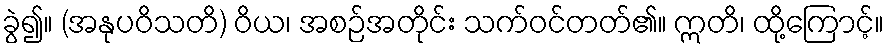
ခွဲ၍။ (အနုပဝိသတိ) ဝိယ၊ အစဉ်အတိုင်း သက်ဝင်တတ်၏။ ဣတိ၊ ထို့ကြောင့်။